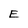
Character: E